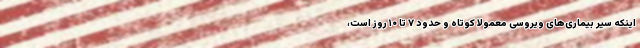
اینکه سیر بیماری‌های ویروسی معمولاً کوتاه و حدود ۷ تا ۱۰ روز است،